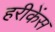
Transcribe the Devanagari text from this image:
हरीकेंस